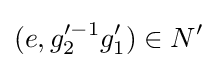
(e,g_{2}'^{-1}g_{1}')\in N'